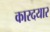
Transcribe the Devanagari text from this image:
कारदयार